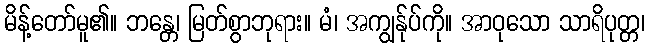
မိန့်တော်မူ၏။ ဘန္တေ၊ မြတ်စွာဘုရား။ မံ၊ အကျွန်ုပ်ကို။ အာဝုသော သာရိပုတ္တ၊